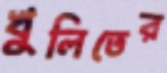
খুলিতের